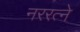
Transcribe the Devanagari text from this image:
नररत्ने